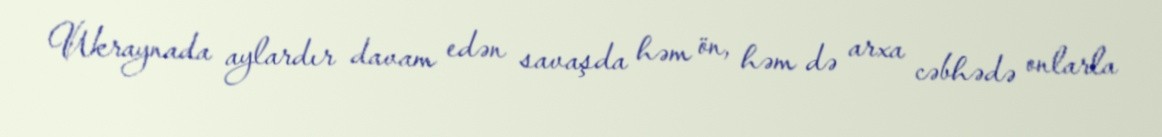
Ukraynada aylardır davam edən savaşda həm ön, həm də arxa cəbhədə onlarla